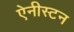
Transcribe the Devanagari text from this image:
ऐनीस्टन